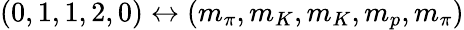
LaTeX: (0,1,1,2,0)\leftrightarrow(m_{\pi},m_{K},m_{K},m_{p},m_{\pi})